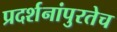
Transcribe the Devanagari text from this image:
प्रदर्शनांपुरतेच